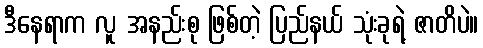
ဒီနေရာက လူ အနည်းစု ဖြစ်တဲ့ ပြည်နယ် သုံးခုရဲ့ ဇာတိပဲ။